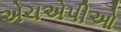
એચએપીઓ